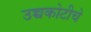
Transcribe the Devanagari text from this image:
उच्चकोटीचे